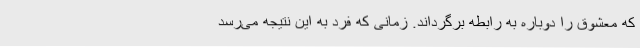
که معشوق را دوباره به رابطه برگرداند. زمانی که فرد به این نتیجه می‌رسد